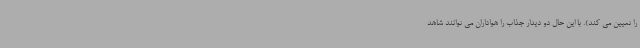
را تعیین می کند). با این حال دو دیدار جذاب را هواداران می توانند شاهد